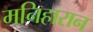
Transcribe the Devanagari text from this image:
मनिहारान